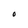
Character: 0